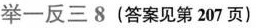
举一反三 8 (答案见第207页)